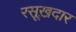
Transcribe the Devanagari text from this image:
रसूख़दार